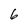
Character: 6